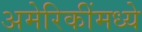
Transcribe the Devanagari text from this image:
अमेरिकींमध्ये